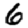
Digit: 6